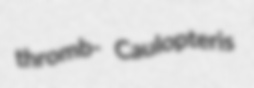
thromb- Caulopteris